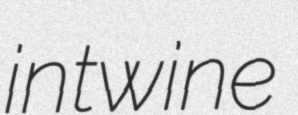
intwine